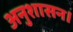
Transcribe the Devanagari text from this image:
अनुशासन।